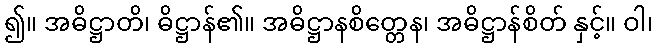
၍။ အဓိဋ္ဌာတိ၊ ဓိဋ္ဌာန်၏။ အဓိဋ္ဌာနစိတ္တေန၊ အဓိဋ္ဌာန်စိတ် နှင့်။ ဝါ၊